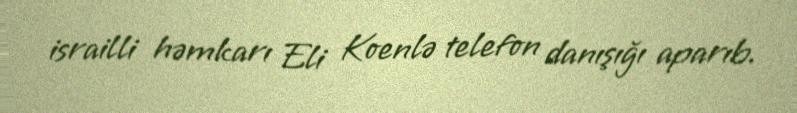
israilli həmkarı Eli Koenlə telefon danışığı aparıb.